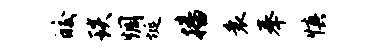
皎琰惆埏播衰奉慎